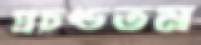
প্রচণ্ডতম